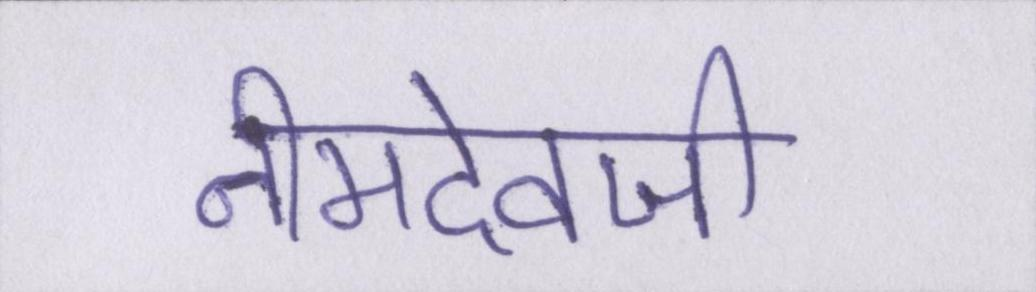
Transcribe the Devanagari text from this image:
नीमदेवजी